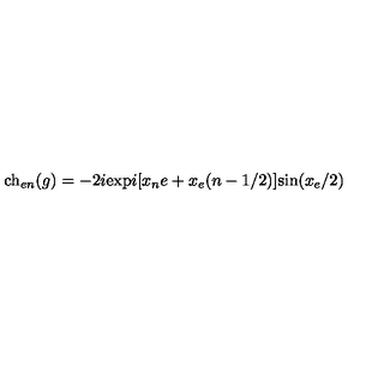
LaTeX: \mathrm { c h } _ { e n } ( g ) = - 2 i \mathrm { e x p } i [ x _ { n } e + x _ { e } ( n - 1 / 2 ) ] \mathrm { s i n } ( x _ { e } / 2 )